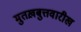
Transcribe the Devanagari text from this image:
मुतख़बुत्तवारीख